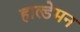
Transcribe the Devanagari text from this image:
हाल्डेमन